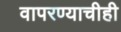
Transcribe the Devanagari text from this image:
वापरण्याचीही